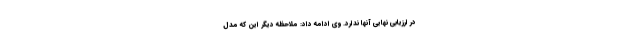
در ارزیابی نهایی آنها ندارد. وی ادامه داد: ملاحظه دیگر این که مدل